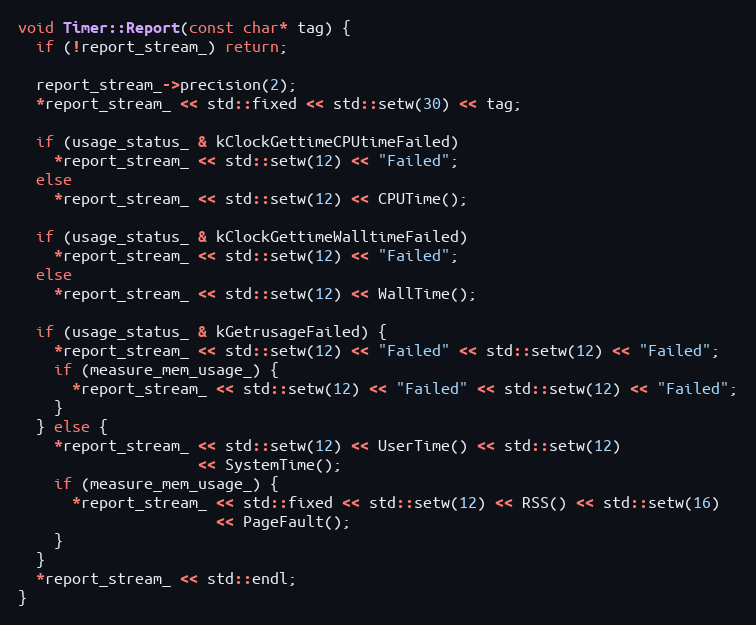
Language: C++
void Timer::Report(const char* tag) {
  if (!report_stream_) return;

  report_stream_->precision(2);
  *report_stream_ << std::fixed << std::setw(30) << tag;

  if (usage_status_ & kClockGettimeCPUtimeFailed)
    *report_stream_ << std::setw(12) << "Failed";
  else
    *report_stream_ << std::setw(12) << CPUTime();

  if (usage_status_ & kClockGettimeWalltimeFailed)
    *report_stream_ << std::setw(12) << "Failed";
  else
    *report_stream_ << std::setw(12) << WallTime();

  if (usage_status_ & kGetrusageFailed) {
    *report_stream_ << std::setw(12) << "Failed" << std::setw(12) << "Failed";
    if (measure_mem_usage_) {
      *report_stream_ << std::setw(12) << "Failed" << std::setw(12) << "Failed";
    }
  } else {
    *report_stream_ << std::setw(12) << UserTime() << std::setw(12)
                    << SystemTime();
    if (measure_mem_usage_) {
      *report_stream_ << std::fixed << std::setw(12) << RSS() << std::setw(16)
                      << PageFault();
    }
  }
  *report_stream_ << std::endl;
}